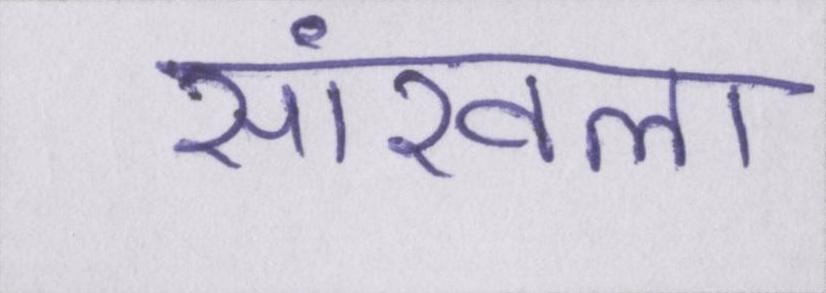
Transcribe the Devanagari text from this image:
सांखला